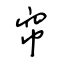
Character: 帘